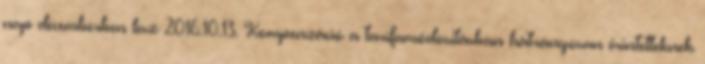
nap decemberben lesz 2016.10.13. Kompenzáció a tarifamódosításban hátrányosan érintetteknek